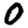
Digit: 0